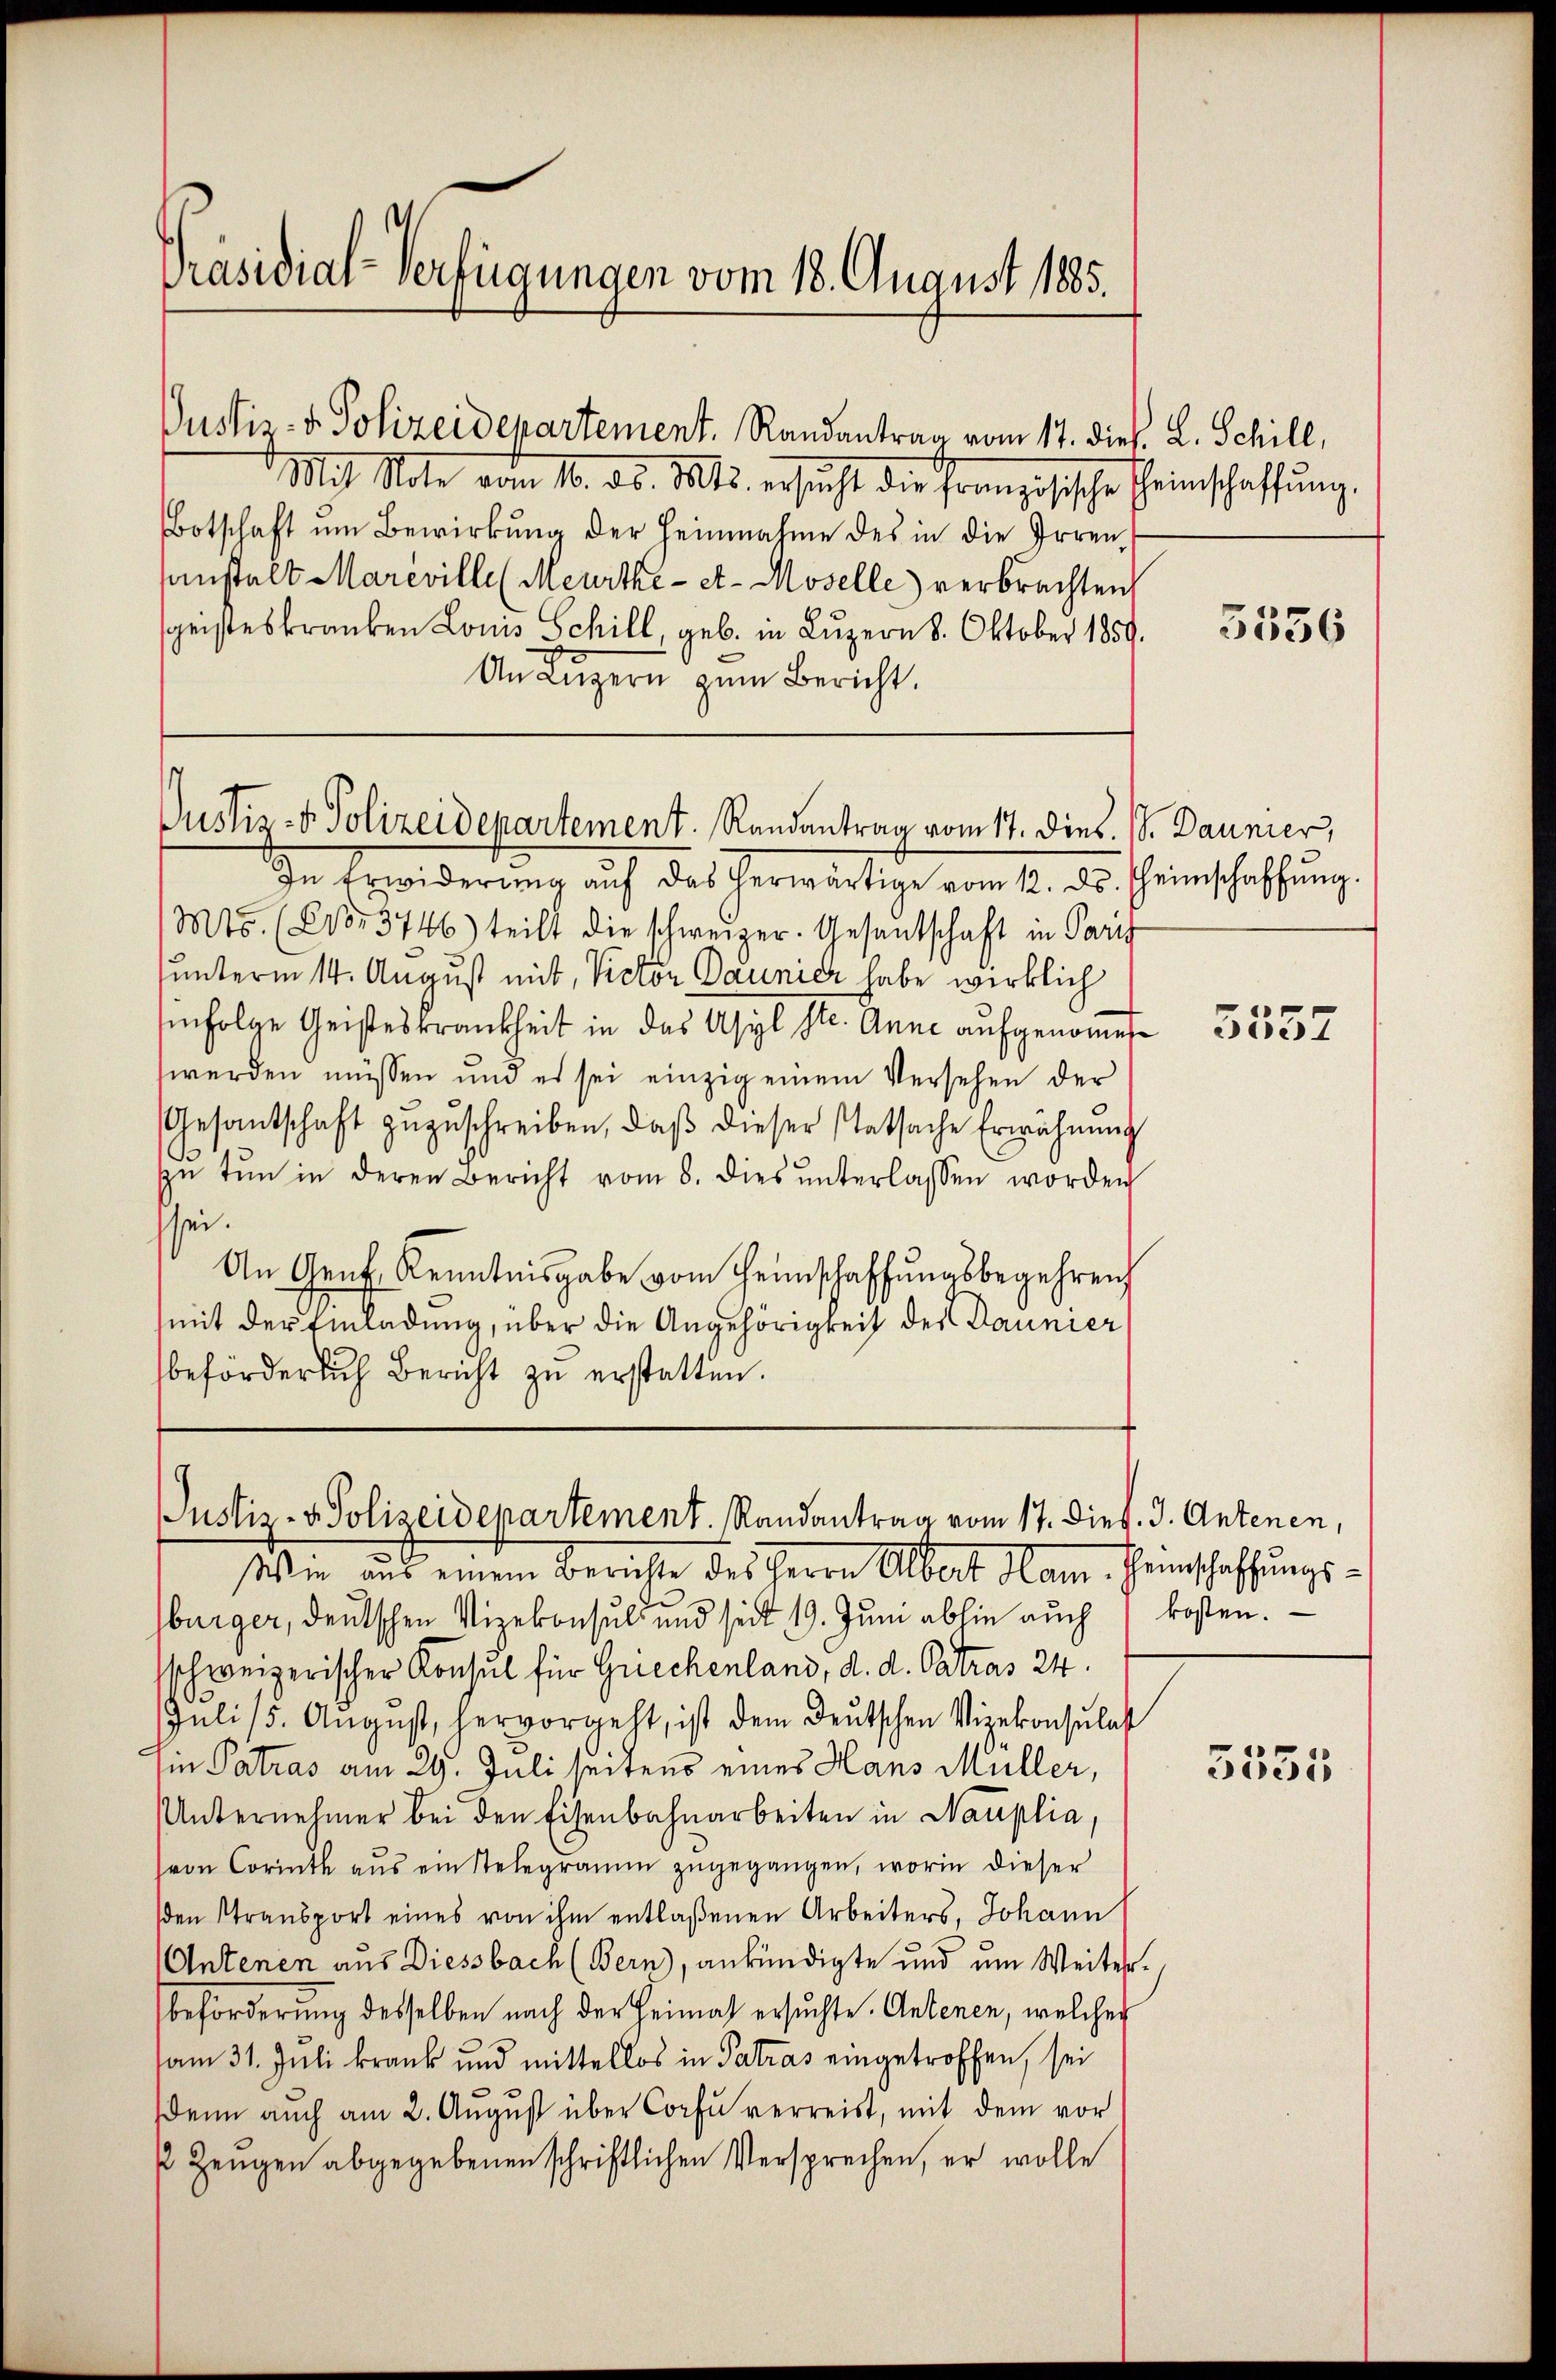
Präsidial-Verfügungen vom 18. August 1885.

Justiz- & Polizeidepartement. Randantrag vom 17. dieß. L. Schill,
Mit Note vom 10. ds. Mts. ersucht die Französische Scheinschaffung.
Botschaft um Bewirkung der Heinnahme des in die Irrensinstalt Mareville (Meurthe - et. Moselle verbrachten
seisteskranken Louis Schill, geb. in Luzern 8. Oktober 1859.
An Lŭzern zum Bericht.

Justiz- & Polizeidepartement. Randantrag vom 17. Dies. 1. Daunier,

Justiz- & Polizeidepartement. Randantrag vom 17. Died. J. Antenen,

In Erwiderŭng aŭf das herwärtige vom 12. ds. Heimschaffŭng.
Mts. (Cor 3746) teilt die schweizer. Gesantschaft in Paris
sunterm 14. August mit, Victor Daunicz habe wirklich
sinfolge Geisteskrankheit in das Asyl Str. Anne aufgenommene
werden müssen und es sei einzig einem Versehen der
Gesantschaft zŭzŭschreiben, daβ dieser statsache Erwähnung
ŭ tŭn in deren Bericht vom 8. dies ŭnterlassen worden
sei.
An Genf, Kenntnisgabe vom Heimschaffungsbegehren
mit der Einladung, über die Angehörigkeit der Daunier
beförderlich Bericht zu erstatten.

Wie aus einem Berichte des Herrn Albert Ham Heinschaffungsbürger, deutschen Vizekonsul und seit 19. Juni abhin auch kosten.
schweizerischer Konsul für Griechenland, d. d. Oestras 24.
Juli 15. Aŭgŭst, hervorgeht, ist dem deŭtschen Vizekonsulat
in Patras am 29. Juli seiten eines Hans Müller,
Unternehmer bei den Eisenbahnarbeiten in Nauplia,
(von Corinth aus ein Stelegramm zŭgegangen, worin dieser
den Stransport eines von ihm entlaßenen Arbeiters, Johann
Antenen aus Diessbach (Bern), ankündigte und um Weiterbeförderung desselben nach der Heimat ersuchte Antenen, welcher
am 31. Juli krank und mittellos in Patras eingetroffen, sei
denn auch am 2. Aŭgŭst über Corf verreist, mit dem vor
 Zeŭgen abgegebenen schriftlichen Versprechen, er wolle

5536

5552

3555